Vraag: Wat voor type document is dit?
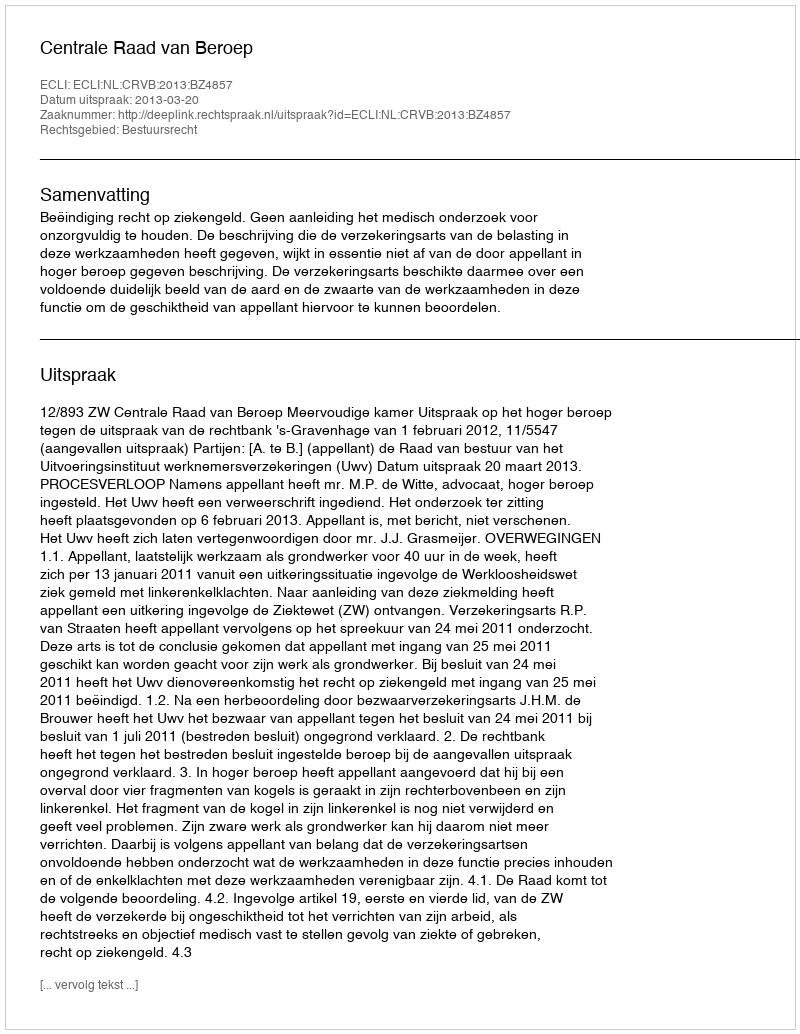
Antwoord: Uitspraak